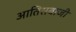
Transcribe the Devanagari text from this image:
आतिसबाजी